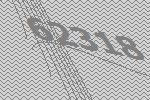
62318